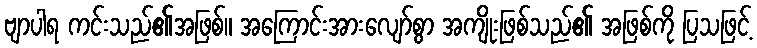
ဗျာပါရ ကင်းသည်၏အဖြစ်။ အကြောင်းအားလျော်စွာ အကျိုးဖြစ်သည်၏ အဖြစ်ကို ပြသဖြင့်